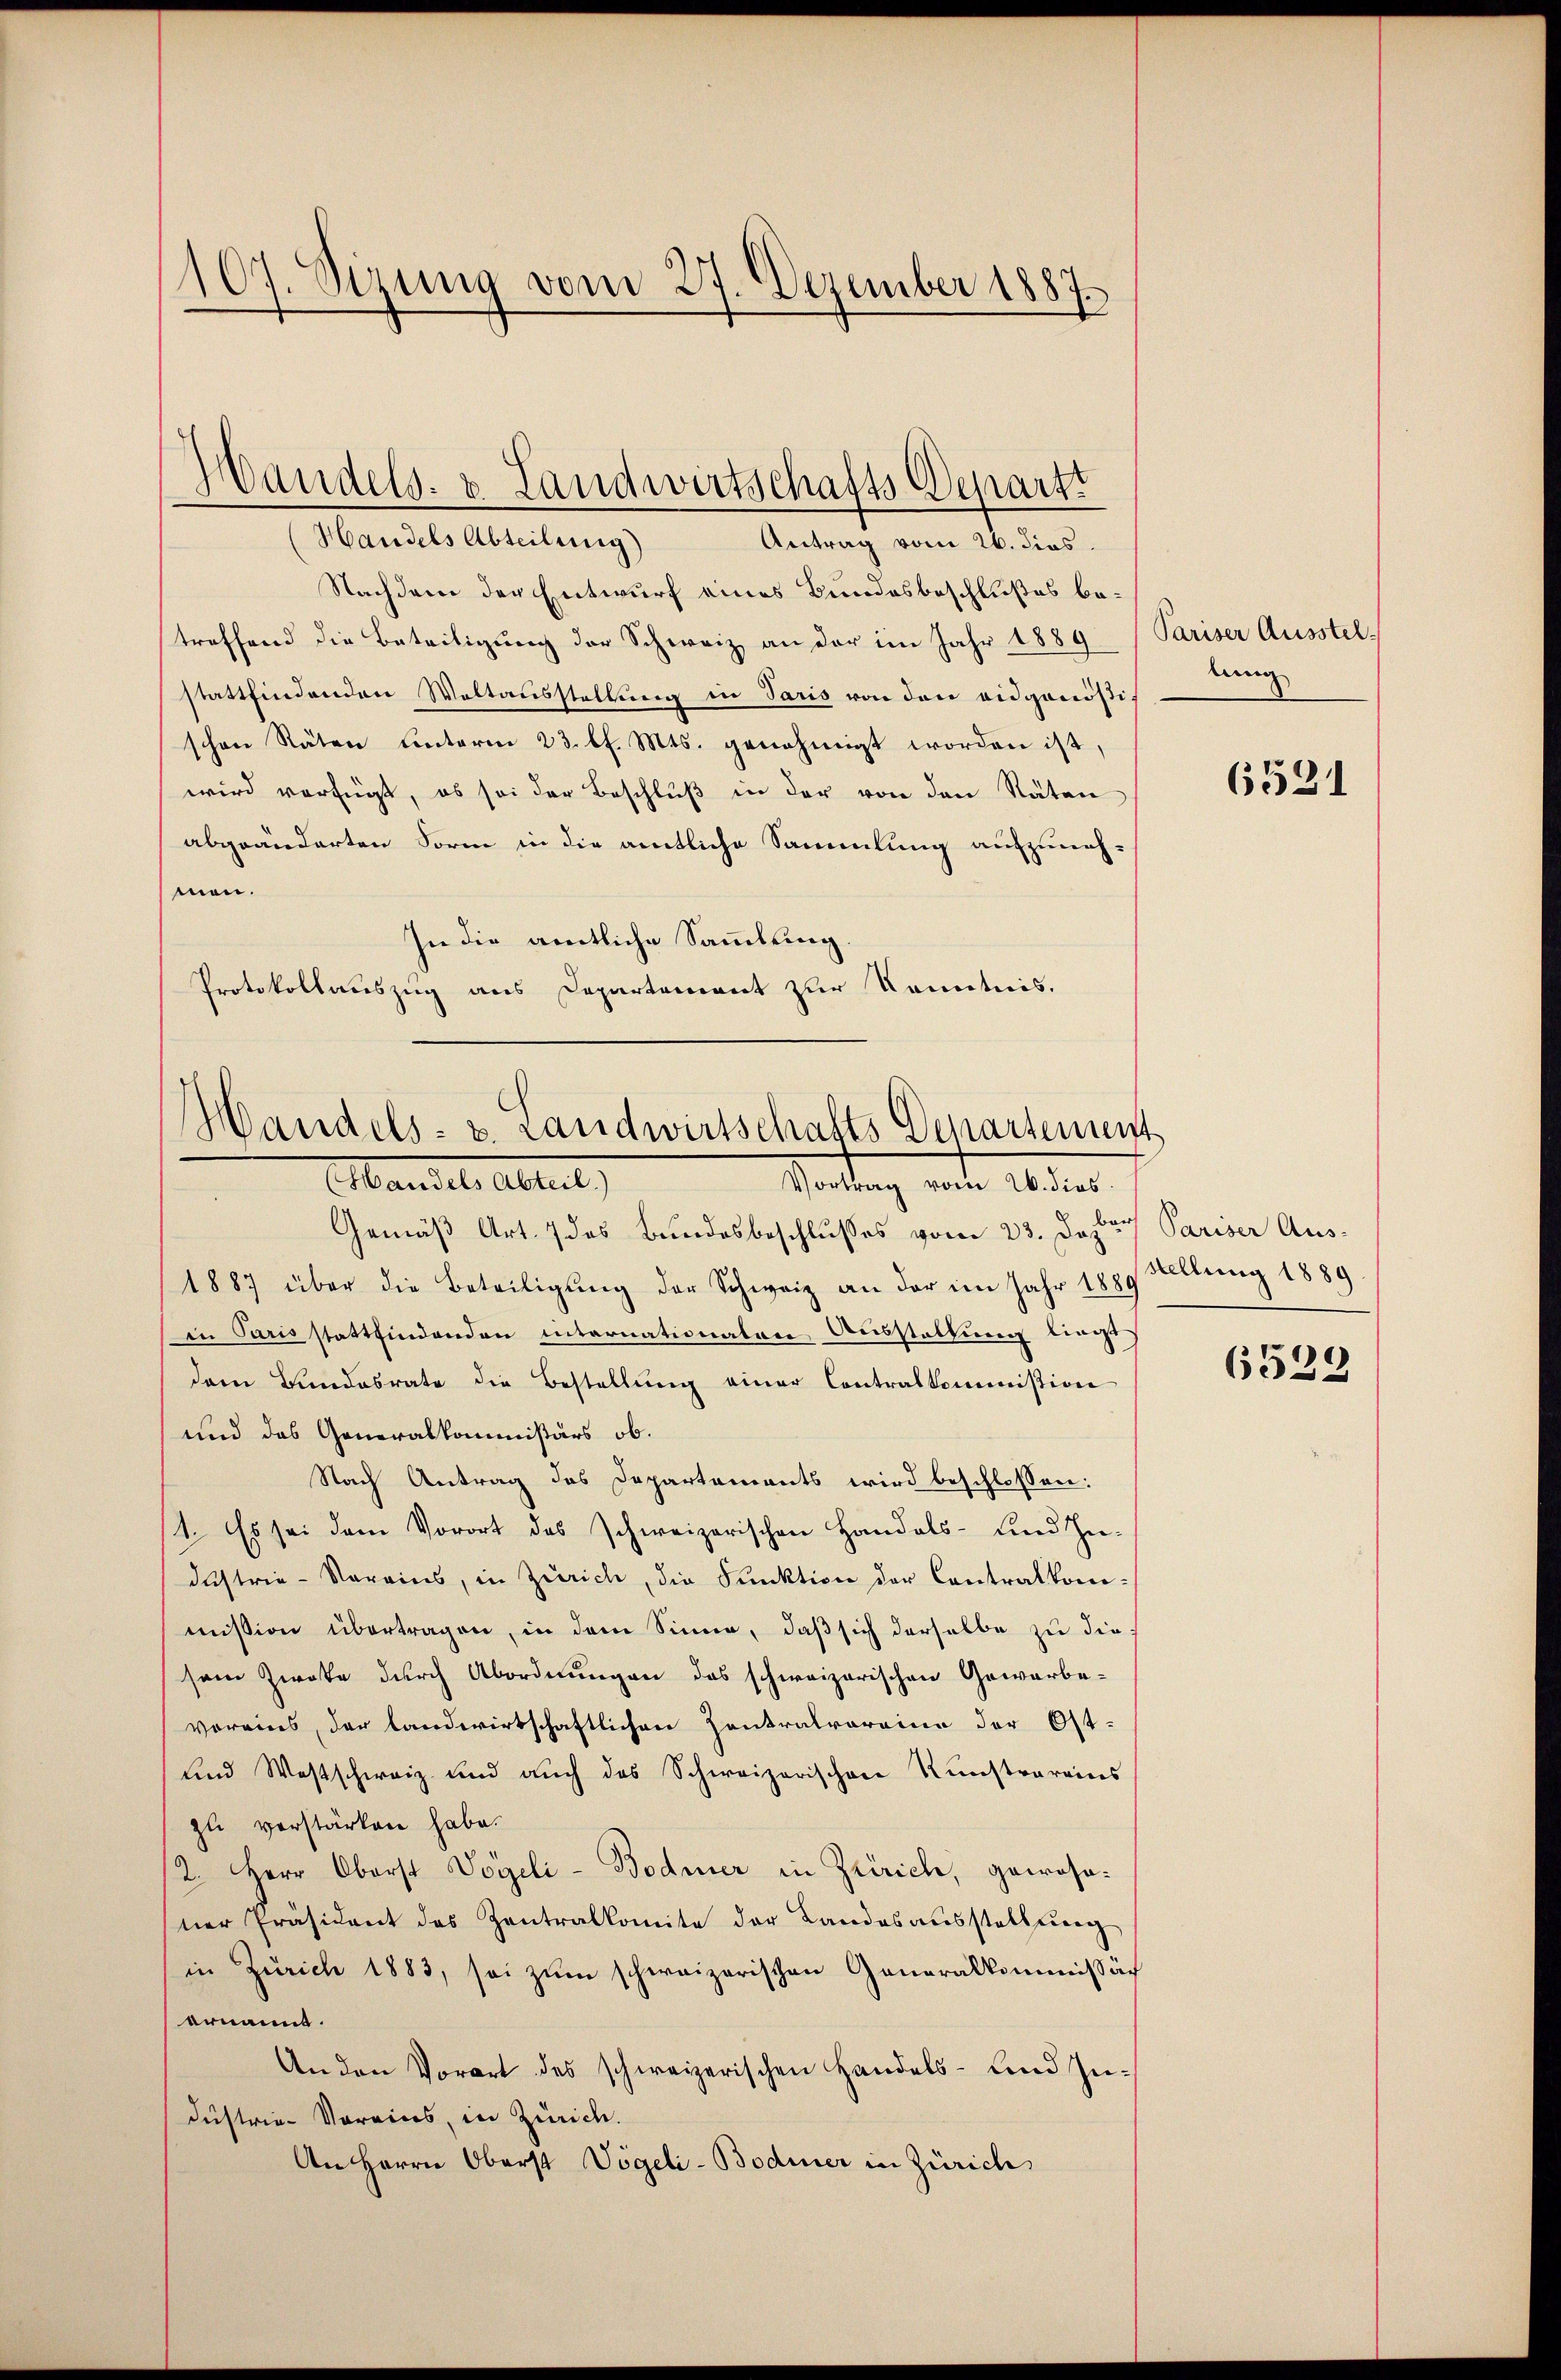
107. Sizung vom 27. Dezember 1887

Handels Abteilung)
Antrag vom 26. dies
Nachdem der Entwurf eines Bundesbeschlußes betreffend die Beteiligung der Schweiz an der im Jahr 1889
stattfindenden Weltausstellung in Paris von den eidgenößis
schen Räten Centerm 23. d. Mts. genehmigt worden ist,
wird verfügt, es sei der Beschlŭβ in der von den Räten
abgeänderten Form in die amtliche Sammlung aufzuneh-
mon.
In die amtliche Sammlung.
Protokollauszug aus Departement zur Kenntnis.

Handels- u. Landwirtschafts Departi

Gemäß Art. 7 des Bundesbeschlusses vom 23. Dezbr.
1887 über die Beteiligung der Schweiz an der im Jahr 1886
in Paris stattfindenden internationalere Ausstattung liege
dem Bundesrate die Bestellŭng einer Contralkommission
und das Generalkommißärs ob.
Nach Antrag des Departements wird beschlossen:
1. Es sei dem Vorort des schweizerischen Handels- und In-
dustrie-Vorains, in Zürich, die Punktion der Contralkomimission übertragen, in dem Sinne, daß sich derselbe zu die
sem Zwote durch Abordnungen das schweizerischen Gewerbe-
voreins, der landwirtschaftlichen Zentralvorrina der Ost-
und Westschweiz und auch das Schweizerischen Kunstrareins
zu verstärken habe.
2. Herr Oberst Vogeli - Bodmer in Zürich, gewohnner Präsident des Zentralkomite der Landesausstellung
in Zürich 1883, sei zŭm schweizerischen Generalkommissär
ernannt.
An den Vorart des schweizerischen Handels- und In-
dustrie-Voreins, in Zürich.
An Herrn Oberst Vögeli-Bodmer in Zürich

Handels- u. Landwirtschafts-Departement
Mandel, Abteil
Vortrag vom 26. dies

Pariser Ausstellung

6521

r Pariser Aus-
stellung 1889.

6523